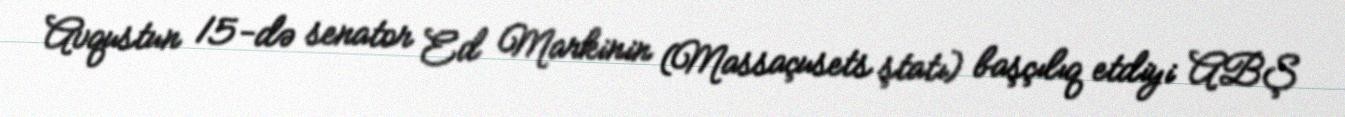
Avqustun 15-də senator Ed Markinin (Massaçusets ştatı) başçılıq etdiyi ABŞ